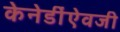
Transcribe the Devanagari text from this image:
केनेडींऐवजी